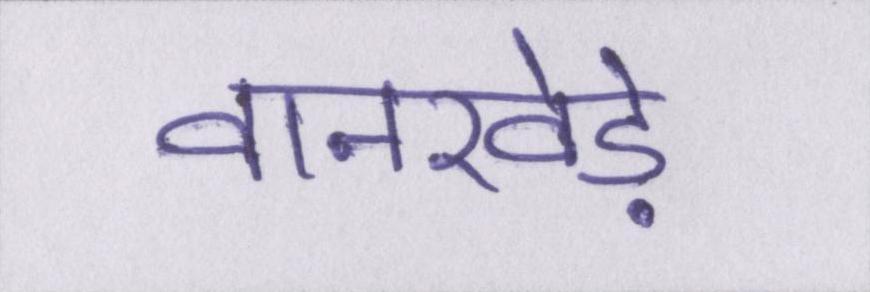
वानखेड़े